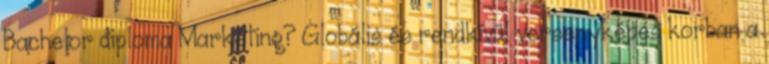
Bachelor diploma Marketing? Globális és rendkívül versenyképes korban a